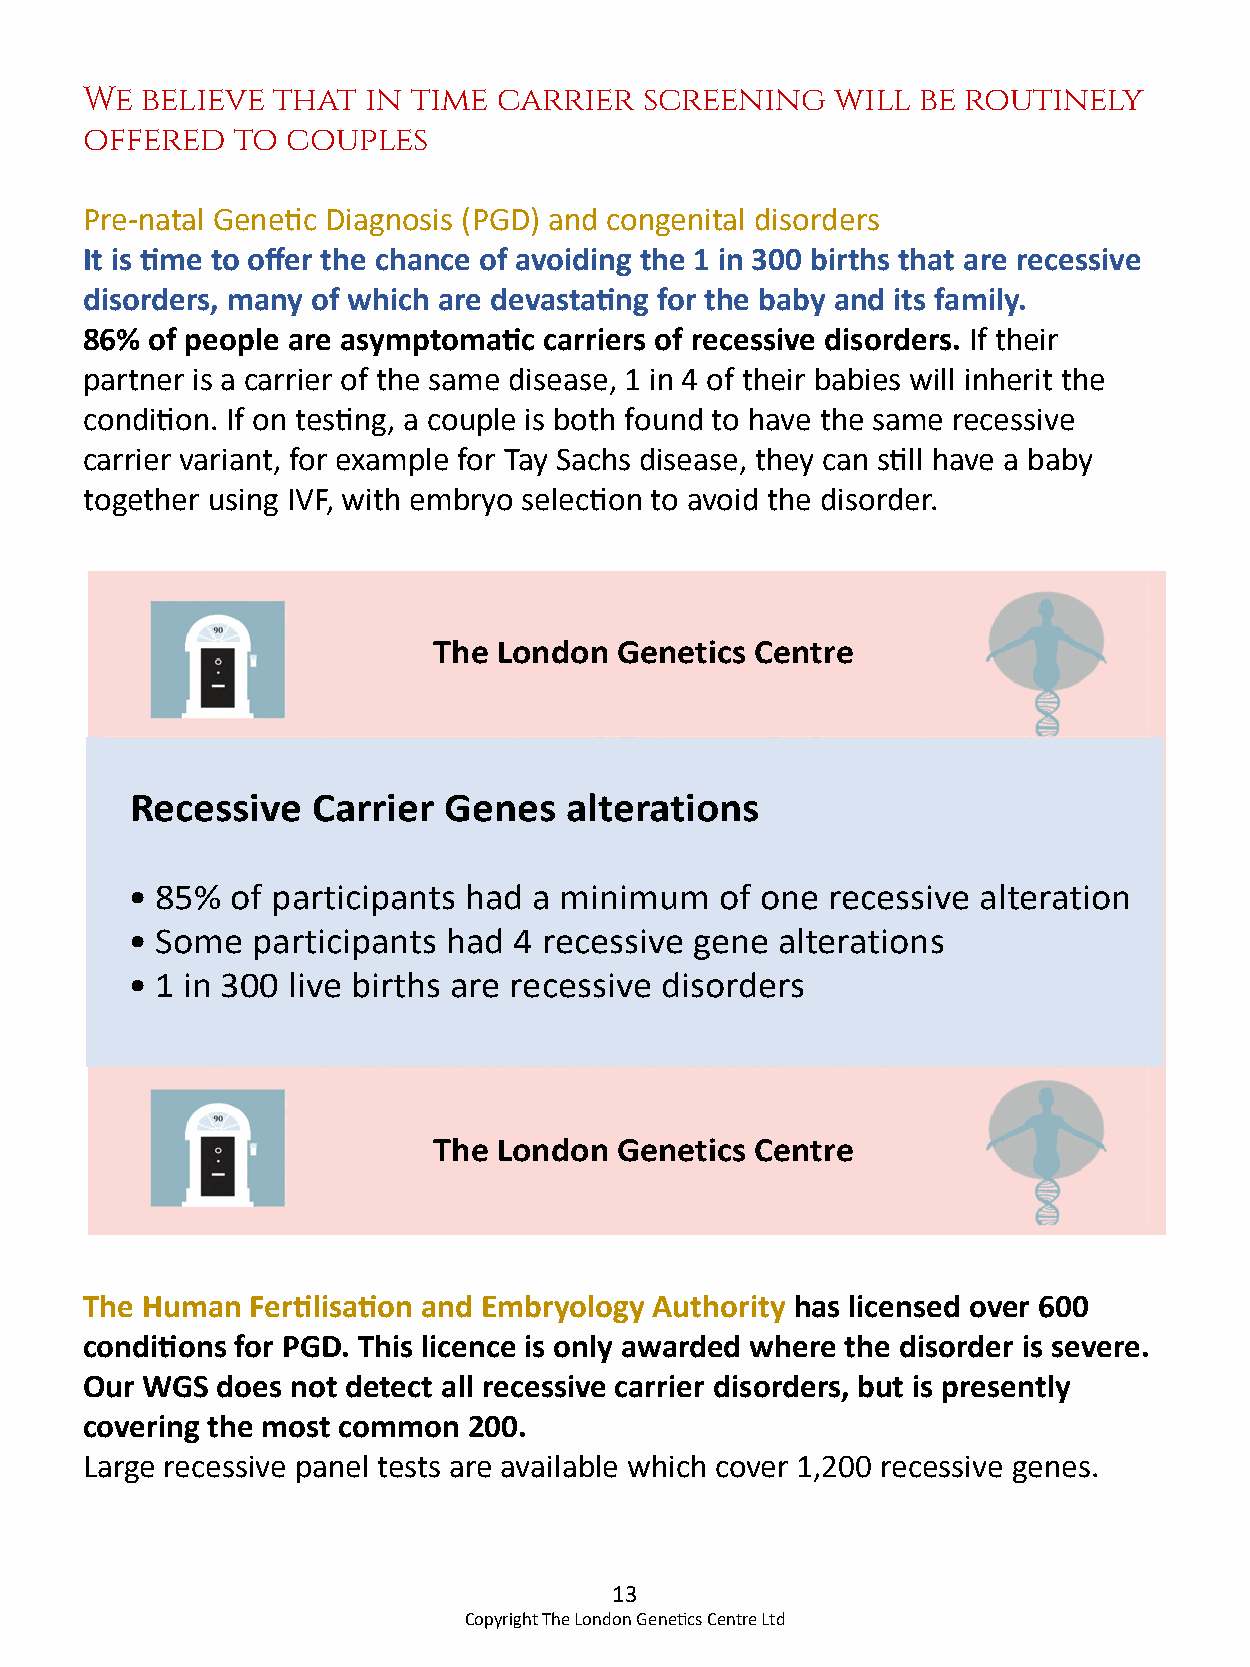
We believe  that  in time  carrier   screening   will  be routinely
 offered  to  couples
 Pre-natal Genetic Diagnosis (PGD) and congenital disorders
 It is time to offer the chance of avoiding the 1 in 300 births that are recessive
 disorders, many of which are devastating for the baby and its family.
 86% of people are asymptomatic carriers of recessive disorders. If their
 partner is a carrier of the same disease, 1 in 4 of their babies will inherit the
 condition. If on testing, a couple is both found to have the same recessive
 carrier variant, for example for Tay Sachs disease, they can still have a baby
 together using IVF, with embryo selection to avoid the disorder.
 The London  Genetics Centre
 Recessive   Carrier Genes   alterations
 • 85%  of participants had a minimum    of one recessive alteration
 • Some   participants had 4 recessive gene  alterations
 • 1 in 300 live births are recessive disorders
 The London  Genetics Centre
 The Human  Fertilisation and Embryology Authority has licensed over 600
 conditions for PGD. This licence is only awarded where the disorder is severe.
 Our WGS does not detect all recessive carrier disorders, but is presently
 covering the most common 200.
 Large recessive panel tests are available which cover 1,200 recessive genes.
 13
 Copyright The London Genetics Centre Ltd